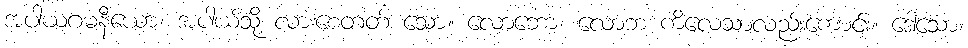
အပါယဂမနီယော၊ အပါယ်သို့ လားစေတတ် သော။ လောဘော၊ လောဘ ကိလေသာလည်းကောင်း။ ဒေါသော၊